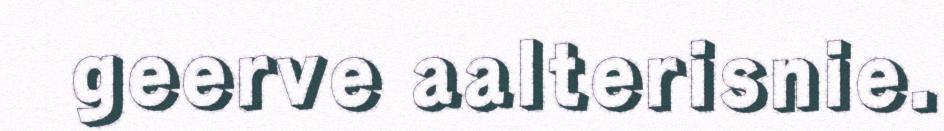
geerve aalterisnie.